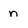
Character: n